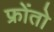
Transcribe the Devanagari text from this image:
फ्रोंतो